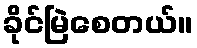
ခိုင်မြဲစေတယ်။